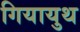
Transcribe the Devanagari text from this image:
गियायुथ